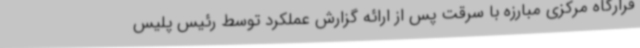
قرارگاه مرکزی مبارزه با سرقت پس از ارائه گزارش عملکرد توسط رئیس پلیس